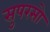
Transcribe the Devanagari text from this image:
सुपरसो